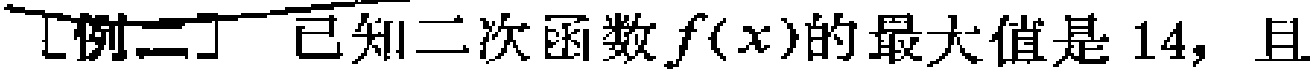
[例二] 已知二次函数\(f(x)\)的最大值是\(14\)，且